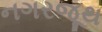
નગરજૂથ